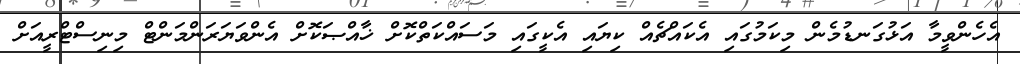
އެހެންވީމާ އަޅުގަނޑުމެން މިކަމުގައި އެކައްޗެއް ކިޔައި އެކީގައި މަސައްކަތްކޮށް ޚާއްޞަކޮށް އެންވަޔަރަންމަންޓް މިނިސްޓްރީއަށް